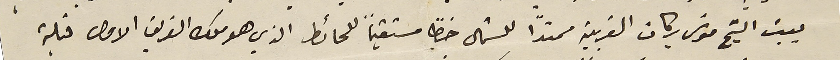
بيت الشيخ موسَى بركات الغربية ممتدًا للشمال خظًا مستقيماً للحائط الذي هو ملك الفريق الاول قبلة